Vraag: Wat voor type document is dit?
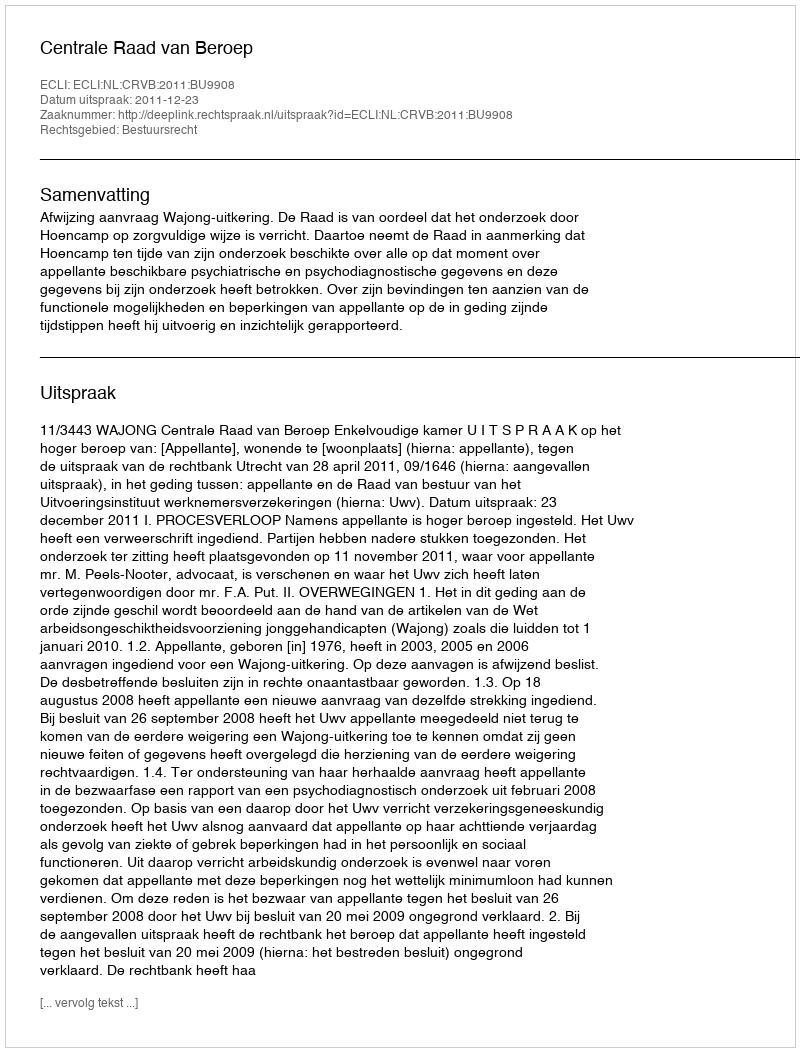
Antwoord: Uitspraak